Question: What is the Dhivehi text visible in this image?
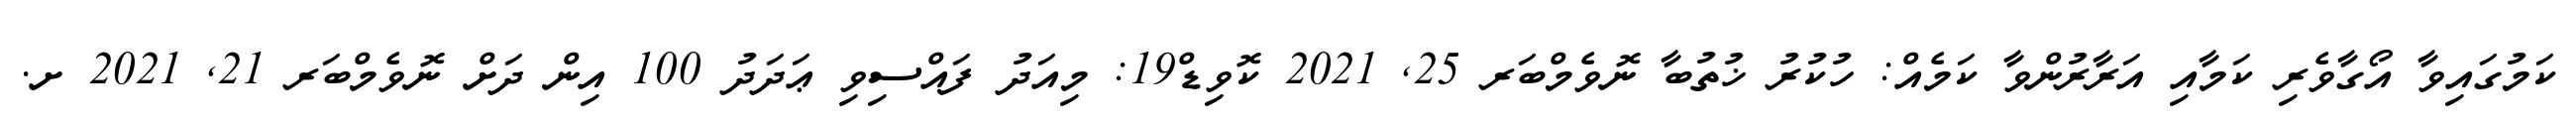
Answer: ކަމުގައިވާ އޯގާވެރި ކަމާއި އަރާރުންވާ ކަމެއް: ހުކުރު ޚުތުބާ ނޮވެމްބަރ 25, 2021 ކޮވިޑް19: މިއަދު ފައްސިވި ޢަދަދު 100 އިން ދަށް ނޮވެމްބަރ 21, 2021 ށ.